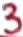
Text: 3